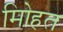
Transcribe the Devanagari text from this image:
मोिहत